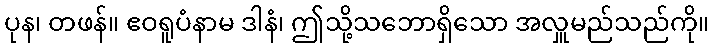
ပုန၊ တဖန်။ ဧဝရူပံနာမ ဒါနံ၊ ဤသို့သဘောရှိသော အလှူမည်သည်ကို။